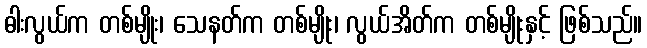
ဓါးလွယ်က တစ်မျိုး၊ သေနတ်က တစ်မျိုး၊ လွယ်အိတ်က တစ်မျိုးနှင့် ဖြစ်သည်။